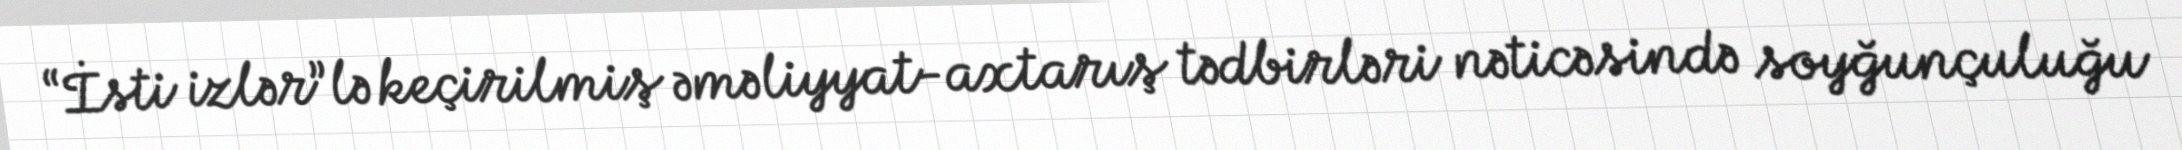
“İsti izlər”lə keçirilmiş əməliyyat-axtarış tədbirləri nəticəsində soyğunçuluğu